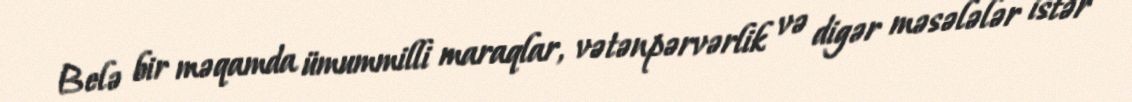
Belə bir məqamda ümummilli maraqlar, vətənpərvərlik və digər məsələlər istər